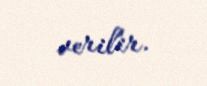
verilir.